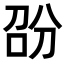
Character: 𭇱